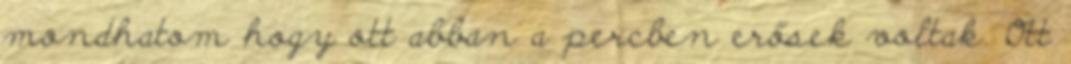
mondhatom hogy ott abban a percben erősek voltak. Ott